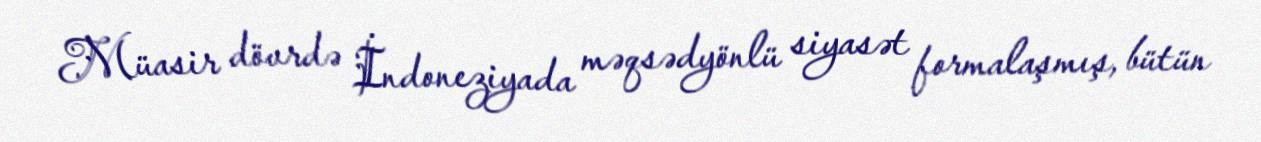
Müasir dövrdə İndoneziyada məqsədyönlü siyasət formalaşmış, bütün